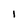
Character: I